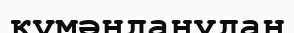
күмәнданудан